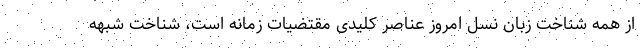
از همه شناخت زبان نسل امروز عناصر کلیدی مقتضیات زمانه است، شناخت شبهه